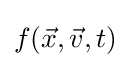
f({\vec {x}},{\vec {v}},t)